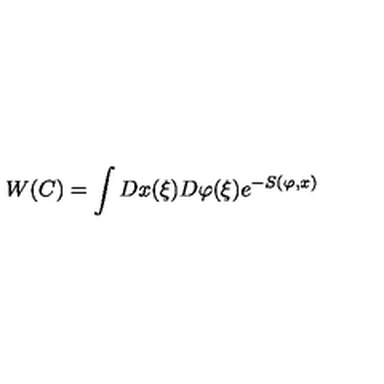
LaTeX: W ( C ) = \int D x ( \xi ) D \varphi ( \xi ) e ^ { - S ( \varphi , x ) }